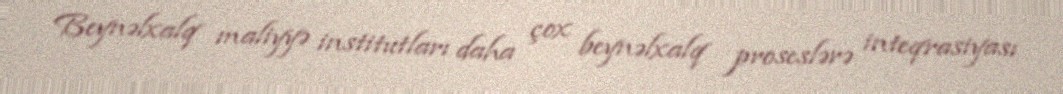
Beynəlxalq maliyyə institutları daha çox beynəlxalq proseslərə inteqrasiyası